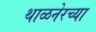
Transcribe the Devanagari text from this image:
थाळनेरच्या